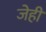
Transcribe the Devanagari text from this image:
जेही